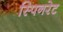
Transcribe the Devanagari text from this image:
स्पिनरेट